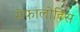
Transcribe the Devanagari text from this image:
सेफालोटिस